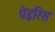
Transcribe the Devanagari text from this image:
पेइरिस